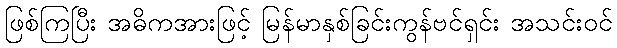
ဖြစ်ကြပြီး အဓိကအားဖြင့် မြန်မာနှစ်ခြင်းကွန်ဗင်ရှင်း အသင်းဝင်